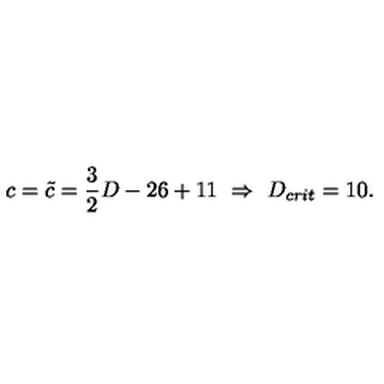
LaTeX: c = \tilde { c } = \frac { 3 } { 2 } D - 2 6 + 1 1 \ \Rightarrow \ D _ { c r i t } = 1 0 .